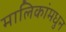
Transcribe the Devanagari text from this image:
मालिकांमधुन